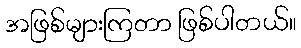
အဖြစ်များကြတာ ဖြစ်ပါတယ်။